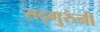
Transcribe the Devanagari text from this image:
सद्गुरुंनी